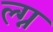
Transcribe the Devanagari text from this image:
ल्ग्न